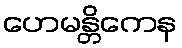
ဟေမန္တိကေန